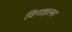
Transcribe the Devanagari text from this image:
विनाइल्स